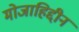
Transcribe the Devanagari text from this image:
मोजाहिद्दीन